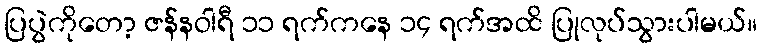
ပြပွဲကိုတော့ ဇန်နဝါရီ ၁၁ ရက်ကနေ ၁၄ ရက်အထိ ပြုလုပ်သွားပါမယ်။